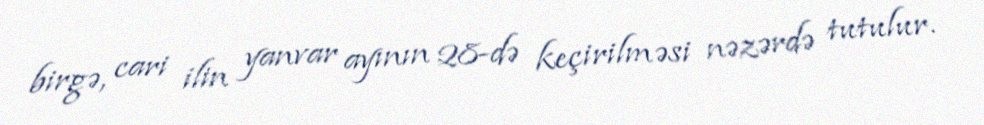
birgə, cari ilin yanvar ayının 28-də keçirilməsi nəzərdə tutulur.